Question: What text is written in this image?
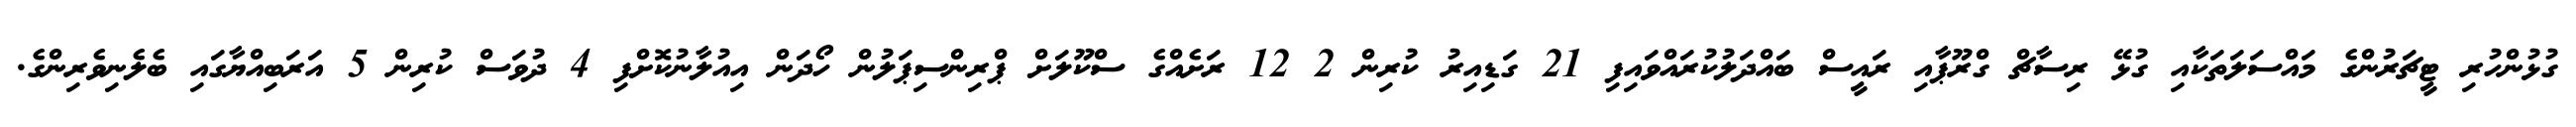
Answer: ގުޅުންހުރި ޓީޗަރުންގެ މައްސަލަތަކާއި ގުޅޭ ރިސާޗް ގްރޫޕާއި ރައީސް ބައްދަލުކުރައްވައިފި 21 ގަޑިއިރު ކުރިން 2 12 ރަށެއްގެ ސްކޫލަށް ޕްރިންސިޕަލުން ހޯދަން އިއުލާނުކޮށްފި 4 ދުވަސް ކުރިން 5 އަރަބިއްޔާގައި ބެލެނިވެރިންގެ.